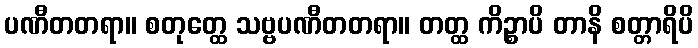
ပဏီတတရာ။ စတုတ္ထေ သဗ္ဗပဏီတတရာ။ တတ္ထ ကိဉ္စာပိ တာနိ စတ္တာရိပိ